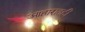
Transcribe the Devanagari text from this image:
आहारातही